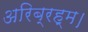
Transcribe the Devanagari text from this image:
अरिब्रह्म।